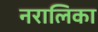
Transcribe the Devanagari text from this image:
नरालिका